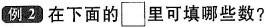
例2在下面的\square里可填哪些数?